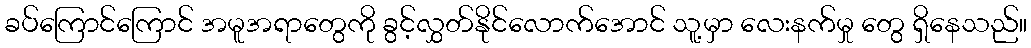
ခပ်ကြောင်ကြောင် အမူအရာတွေကို ခွင့်လွှတ်နိုင်လောက်အောင် သူ့မှာ လေးနက်မှု တွေ ရှိနေသည်။